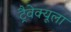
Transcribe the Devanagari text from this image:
ट्रैवेक्यूला